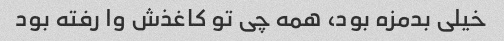
خیلی بدمزه بود، همه چی تو کاغذش وا رفته بود